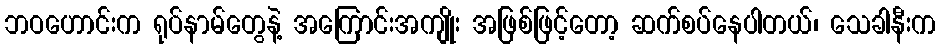
ဘဝဟောင်းက ရုပ်နာမ်တွေနဲ့ အကြောင်းအကျိုး အဖြစ်ဖြင့်တော့ ဆက်စပ်နေပါတယ်၊ သေခါနီးက